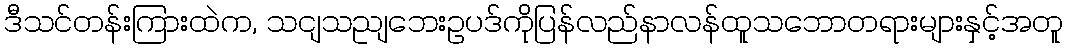
ဒီသင်တန်းကြားထဲက, သငျသညျဘေးဥပဒ်ကိုပြန်လည်နာလန်ထူသဘောတရားများနှင့်အတူ